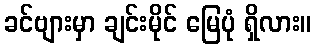
ခင်ဗျားမှာ ချင်းမိုင် မြေပုံ ရှိလား။